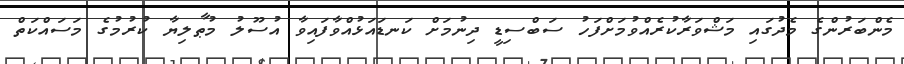
މެންބަރުންގެ މެދުގައި މަޝްވަރާކުރެއްވުމަށްފަހު ސަބްސިޑީ ދިނުމަށް ކަނޑައަޅުއްވާފައިވާ އުސޫލު މުޠާލިޔާ ކުރުމުގެ މަސައްކަތް